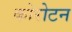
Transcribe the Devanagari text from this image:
कोरोटन